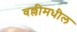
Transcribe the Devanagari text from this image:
वल्लीमधील